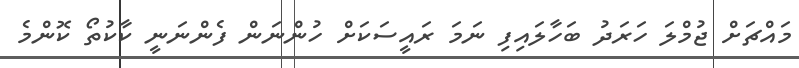
މައްޗަށް ޖުމްލަ ހަރަދު ބަހާލައިފި ނަމަ ރައީސަކަށް ހުންނަން ފެންނަނީ ކާކުތޯ ކޮންމެ